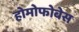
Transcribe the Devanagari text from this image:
होमोफोबेस